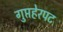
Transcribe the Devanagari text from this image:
गुप्तहेरपट